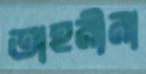
তাহমীনা